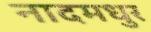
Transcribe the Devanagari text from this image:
नादमधुर